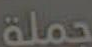
حملة